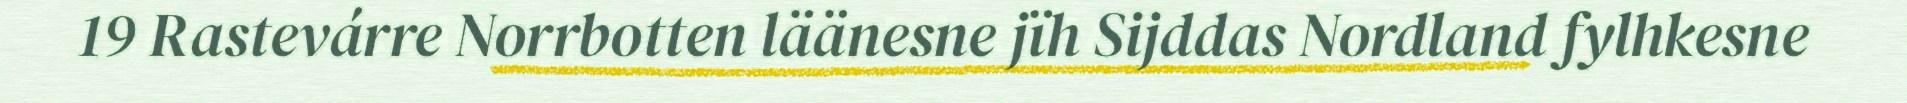
19 Rastevárre Norrbotten läänesne jïh Sijddas Nordland fylhkesne